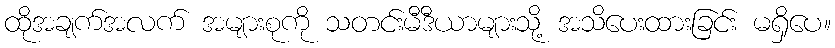
ထိုအချက်အလက် အများစုကို သတင်းမီဒီယာများသို့ အသိပေးထားခြင်း မရှိပေ။